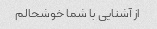
از آشنایی با شما خوشحالم